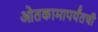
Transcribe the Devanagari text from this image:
ओतकामापर्यंतची